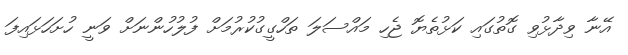
އޭނާ ވިދާޅުވި ގޮތުގައި ކަޅުތެޔޮ ޖެހި މައްސަލަ ތަހްގީގުކުރުމަށް ފުލުހުންނަށް ވަނީ ހުށަހަޅައިފަ